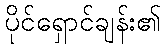
ပိုင်ရှောင်ချန်း၏